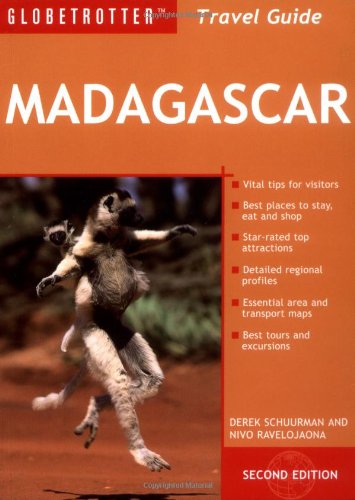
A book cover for Madagascar Travel Pack (Globetrotter Travel Packs); Globetrotter; Travel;